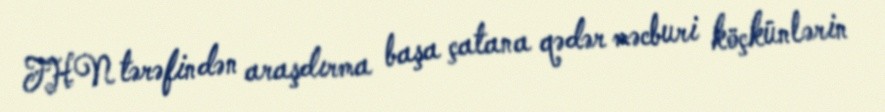
FHN tərəfindən araşdırma başa çatana qədər məcburi köçkünlərin